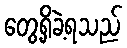
တွေ့ရှိခဲ့ရသည်